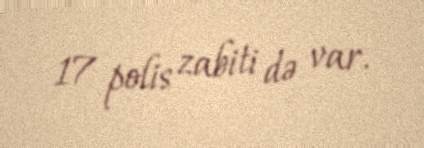
17 polis zabiti də var.